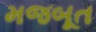
મજબૂત